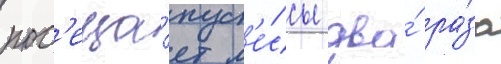
пос'еща́ет м'е́ссы два́ ра́за